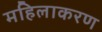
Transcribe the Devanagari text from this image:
महिलाकरण